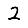
Digit: 2